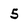
Character: 5